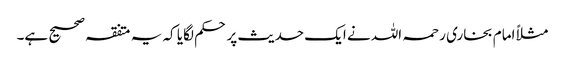
مثلاً امام بخاری رحمہ اللہ نے ایک حدیث پر حکم لگایا کہ یہ متفقہ صحیح ہے۔